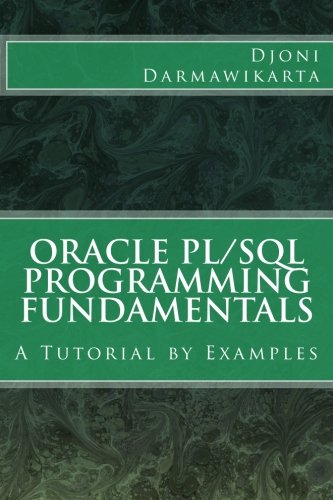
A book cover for Oracle PL/SQL Programming Fundamentals: A Tutorial by Examples; Djoni Darmawikarta; Computers & Technology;